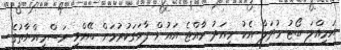
އަމިއްލަ ބޯޓު މުދަލާ އެކު މިއަދު ރާއްޖެ އައުން ފާހަގަކުރުމަށް ބޭއްވި ރަސްމިއްޔާތުގެ